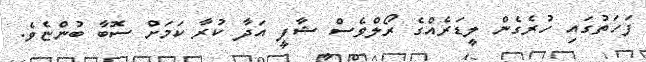
ފަހަތުގައި ހުރެގެން ލީޑަރެއްގެ ރޯލްވެސް ޝާފީ އަދާ ކުރާ ކަމަށް ސޮބާ ބުންޏެވެ.